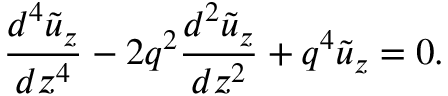
\frac { { { d } ^ { 4 } } \tilde { u } _ { z } } { d { { z } ^ { 4 } } } - 2 { { q } ^ { 2 } } \frac { { { d } ^ { 2 } } \tilde { u } _ { z } } { d { { z } ^ { 2 } } } + { { q } ^ { 4 } } \tilde { u } _ { z } = 0 .